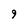
Character: 9